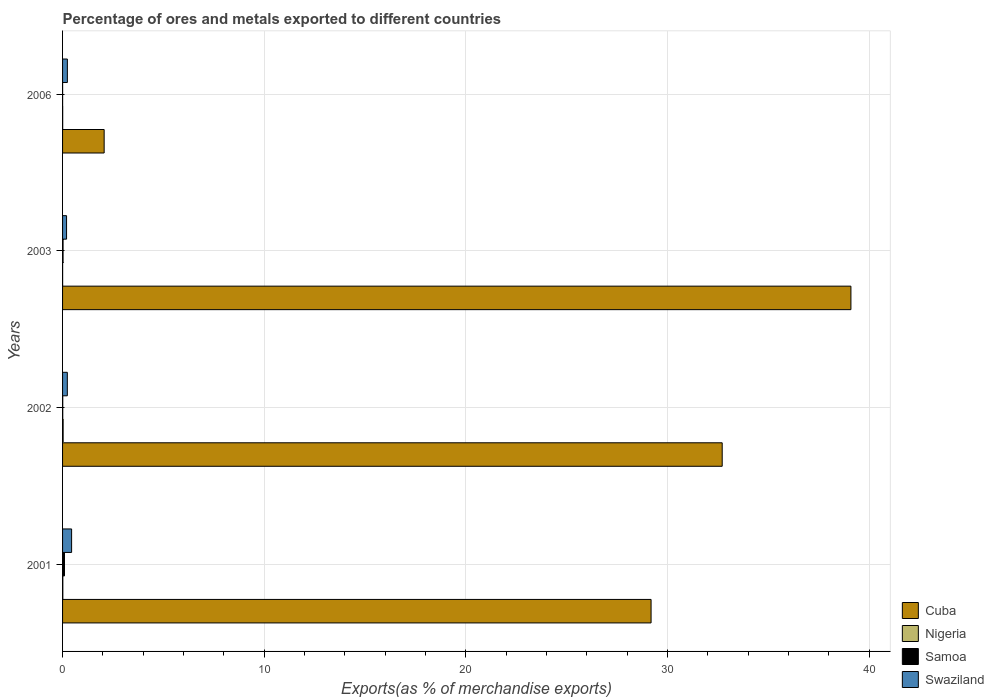
| Years | Cuba | Nigeria | Samoa | Swaziland |
 | --- | --- | --- | --- | --- |
 | 2001 | 29.2 | 0.0128 | 0.096 | 0.449 |
 | 2002 | 32.7 | 0.0285 | 0.0095 | 0.236 |
 | 2003 | 39.1 | 0.00284 | 0.0248 | 0.198 |
 | 2006 | 2.06 | 0.00575 | 0.00205 | 0.238 |